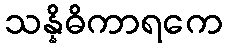
သန္နိဓိကာရကေ